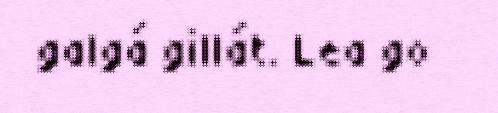
galgá gillát. Lea go